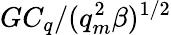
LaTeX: GC_{q}/(q_{m}^{2}\beta)^{1/2}